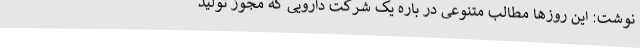
نوشت: این روزها مطالب متنوعی در باره یک شرکت دارویی که مجوز تولید